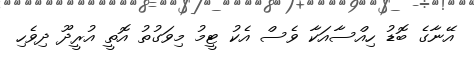
އޭނާގެ ބޮޑު ހިއްސާއަކާ ވެސް އެކު ޓީމު މިވަގުތު އޮތީ އުރީދޫ ދިވެހި